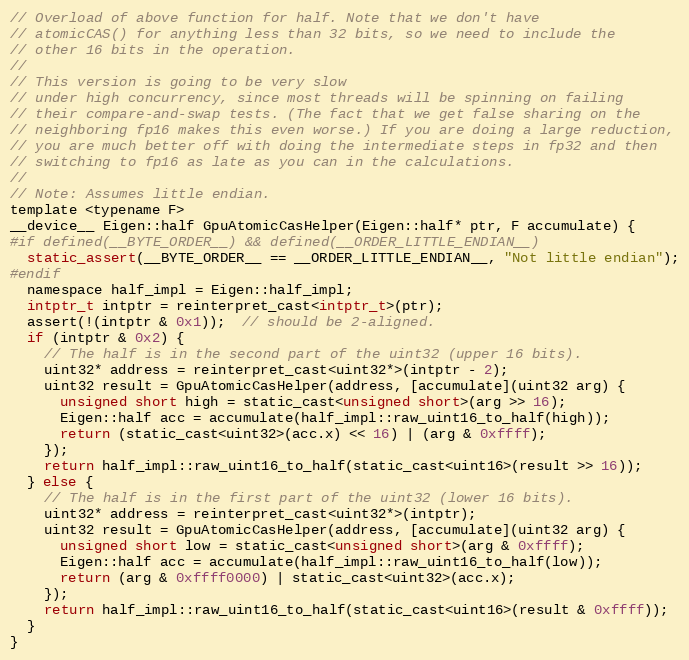
Language: C
// Overload of above function for half. Note that we don't have
// atomicCAS() for anything less than 32 bits, so we need to include the
// other 16 bits in the operation.
//
// This version is going to be very slow
// under high concurrency, since most threads will be spinning on failing
// their compare-and-swap tests. (The fact that we get false sharing on the
// neighboring fp16 makes this even worse.) If you are doing a large reduction,
// you are much better off with doing the intermediate steps in fp32 and then
// switching to fp16 as late as you can in the calculations.
//
// Note: Assumes little endian.
template <typename F>
__device__ Eigen::half GpuAtomicCasHelper(Eigen::half* ptr, F accumulate) {
#if defined(__BYTE_ORDER__) && defined(__ORDER_LITTLE_ENDIAN__)
  static_assert(__BYTE_ORDER__ == __ORDER_LITTLE_ENDIAN__, "Not little endian");
#endif
  namespace half_impl = Eigen::half_impl;
  intptr_t intptr = reinterpret_cast<intptr_t>(ptr);
  assert(!(intptr & 0x1));  // should be 2-aligned.
  if (intptr & 0x2) {
    // The half is in the second part of the uint32 (upper 16 bits).
    uint32* address = reinterpret_cast<uint32*>(intptr - 2);
    uint32 result = GpuAtomicCasHelper(address, [accumulate](uint32 arg) {
      unsigned short high = static_cast<unsigned short>(arg >> 16);
      Eigen::half acc = accumulate(half_impl::raw_uint16_to_half(high));
      return (static_cast<uint32>(acc.x) << 16) | (arg & 0xffff);
    });
    return half_impl::raw_uint16_to_half(static_cast<uint16>(result >> 16));
  } else {
    // The half is in the first part of the uint32 (lower 16 bits).
    uint32* address = reinterpret_cast<uint32*>(intptr);
    uint32 result = GpuAtomicCasHelper(address, [accumulate](uint32 arg) {
      unsigned short low = static_cast<unsigned short>(arg & 0xffff);
      Eigen::half acc = accumulate(half_impl::raw_uint16_to_half(low));
      return (arg & 0xffff0000) | static_cast<uint32>(acc.x);
    });
    return half_impl::raw_uint16_to_half(static_cast<uint16>(result & 0xffff));
  }
}